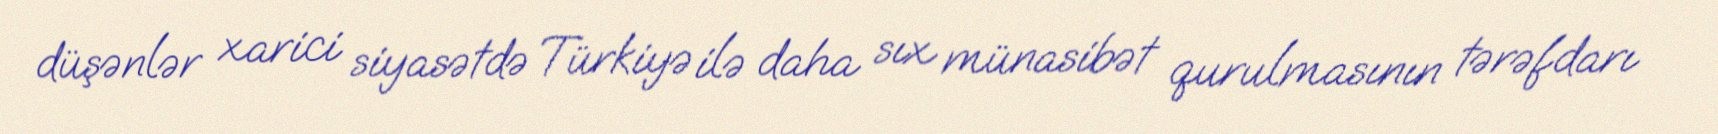
düşənlər xarici siyasətdə Türkiyə ilə daha sıx münasibət qurulmasının tərəfdarı